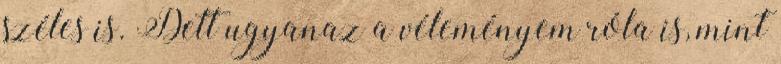
széles is. Dett ugyanaz a véleményem róla is, mint